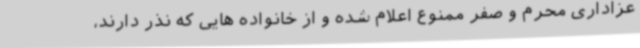
عزاداری محرم و صفر ممنوع اعلام شده و از خانواده هایی که نذر دارند،